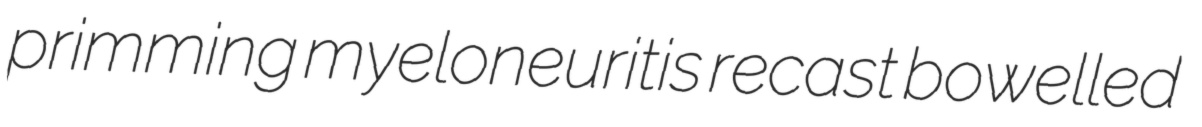
primming myeloneuritis recast bowelled